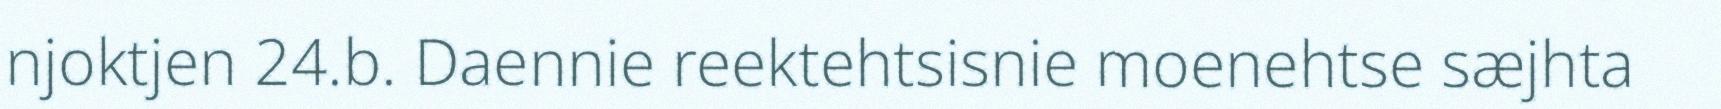
njoktjen 24.b. Daennie reektehtsisnie moenehtse sæjhta